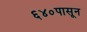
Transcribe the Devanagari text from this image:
६४०पासून